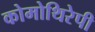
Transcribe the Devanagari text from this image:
कोमोथिरेपी